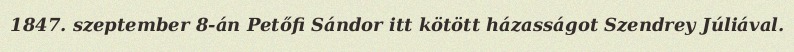
1847. szeptember 8-án Petőfi Sándor itt kötött házasságot Szendrey Júliával.